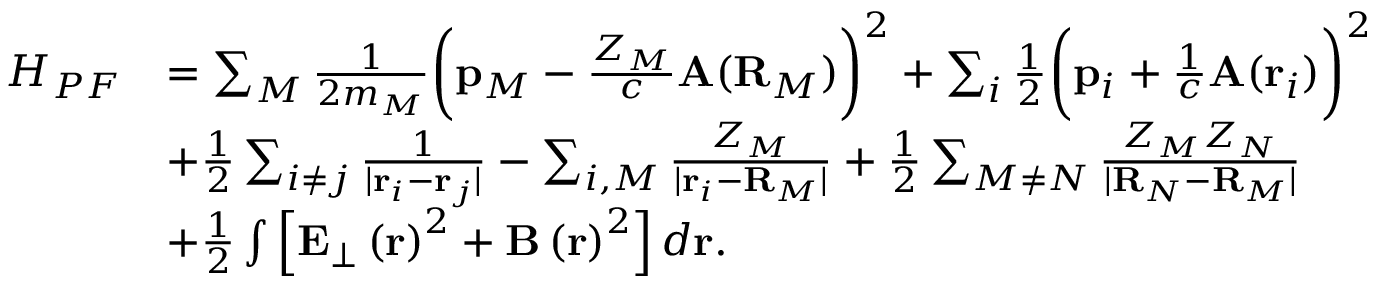
\begin{array} { r l } { H _ { P F } } & { = \sum _ { M } \frac { 1 } { 2 m _ { M } } \bigg ( \mathbf { p } _ { M } - \frac { Z _ { M } } { c } \mathbf { A } ( \mathbf { R } _ { M } ) \bigg ) ^ { 2 } + \sum _ { i } \frac { 1 } { 2 } \bigg ( \mathbf { p } _ { i } + \frac { 1 } { c } \mathbf { A } ( \mathbf { r } _ { i } ) \bigg ) ^ { 2 } } \\ & { + \frac { 1 } { 2 } \sum _ { i \neq j } \frac { 1 } { | \mathbf { r } _ { i } - \mathbf { r } _ { j } | } - \sum _ { i , M } \frac { Z _ { M } } { | \mathbf { r } _ { i } - \mathbf { R } _ { M } | } + \frac { 1 } { 2 } \sum _ { M \neq N } \frac { Z _ { M } Z _ { N } } { | \mathbf { R } _ { N } - \mathbf { R } _ { M } | } } \\ & { + \frac { 1 } { 2 } \int \left[ \mathbf { E } _ { \perp } \left( \mathbf { r } \right) ^ { 2 } + \mathbf { B } \left( \mathbf { r } \right) ^ { 2 } \right] d \mathbf { r } . } \end{array}